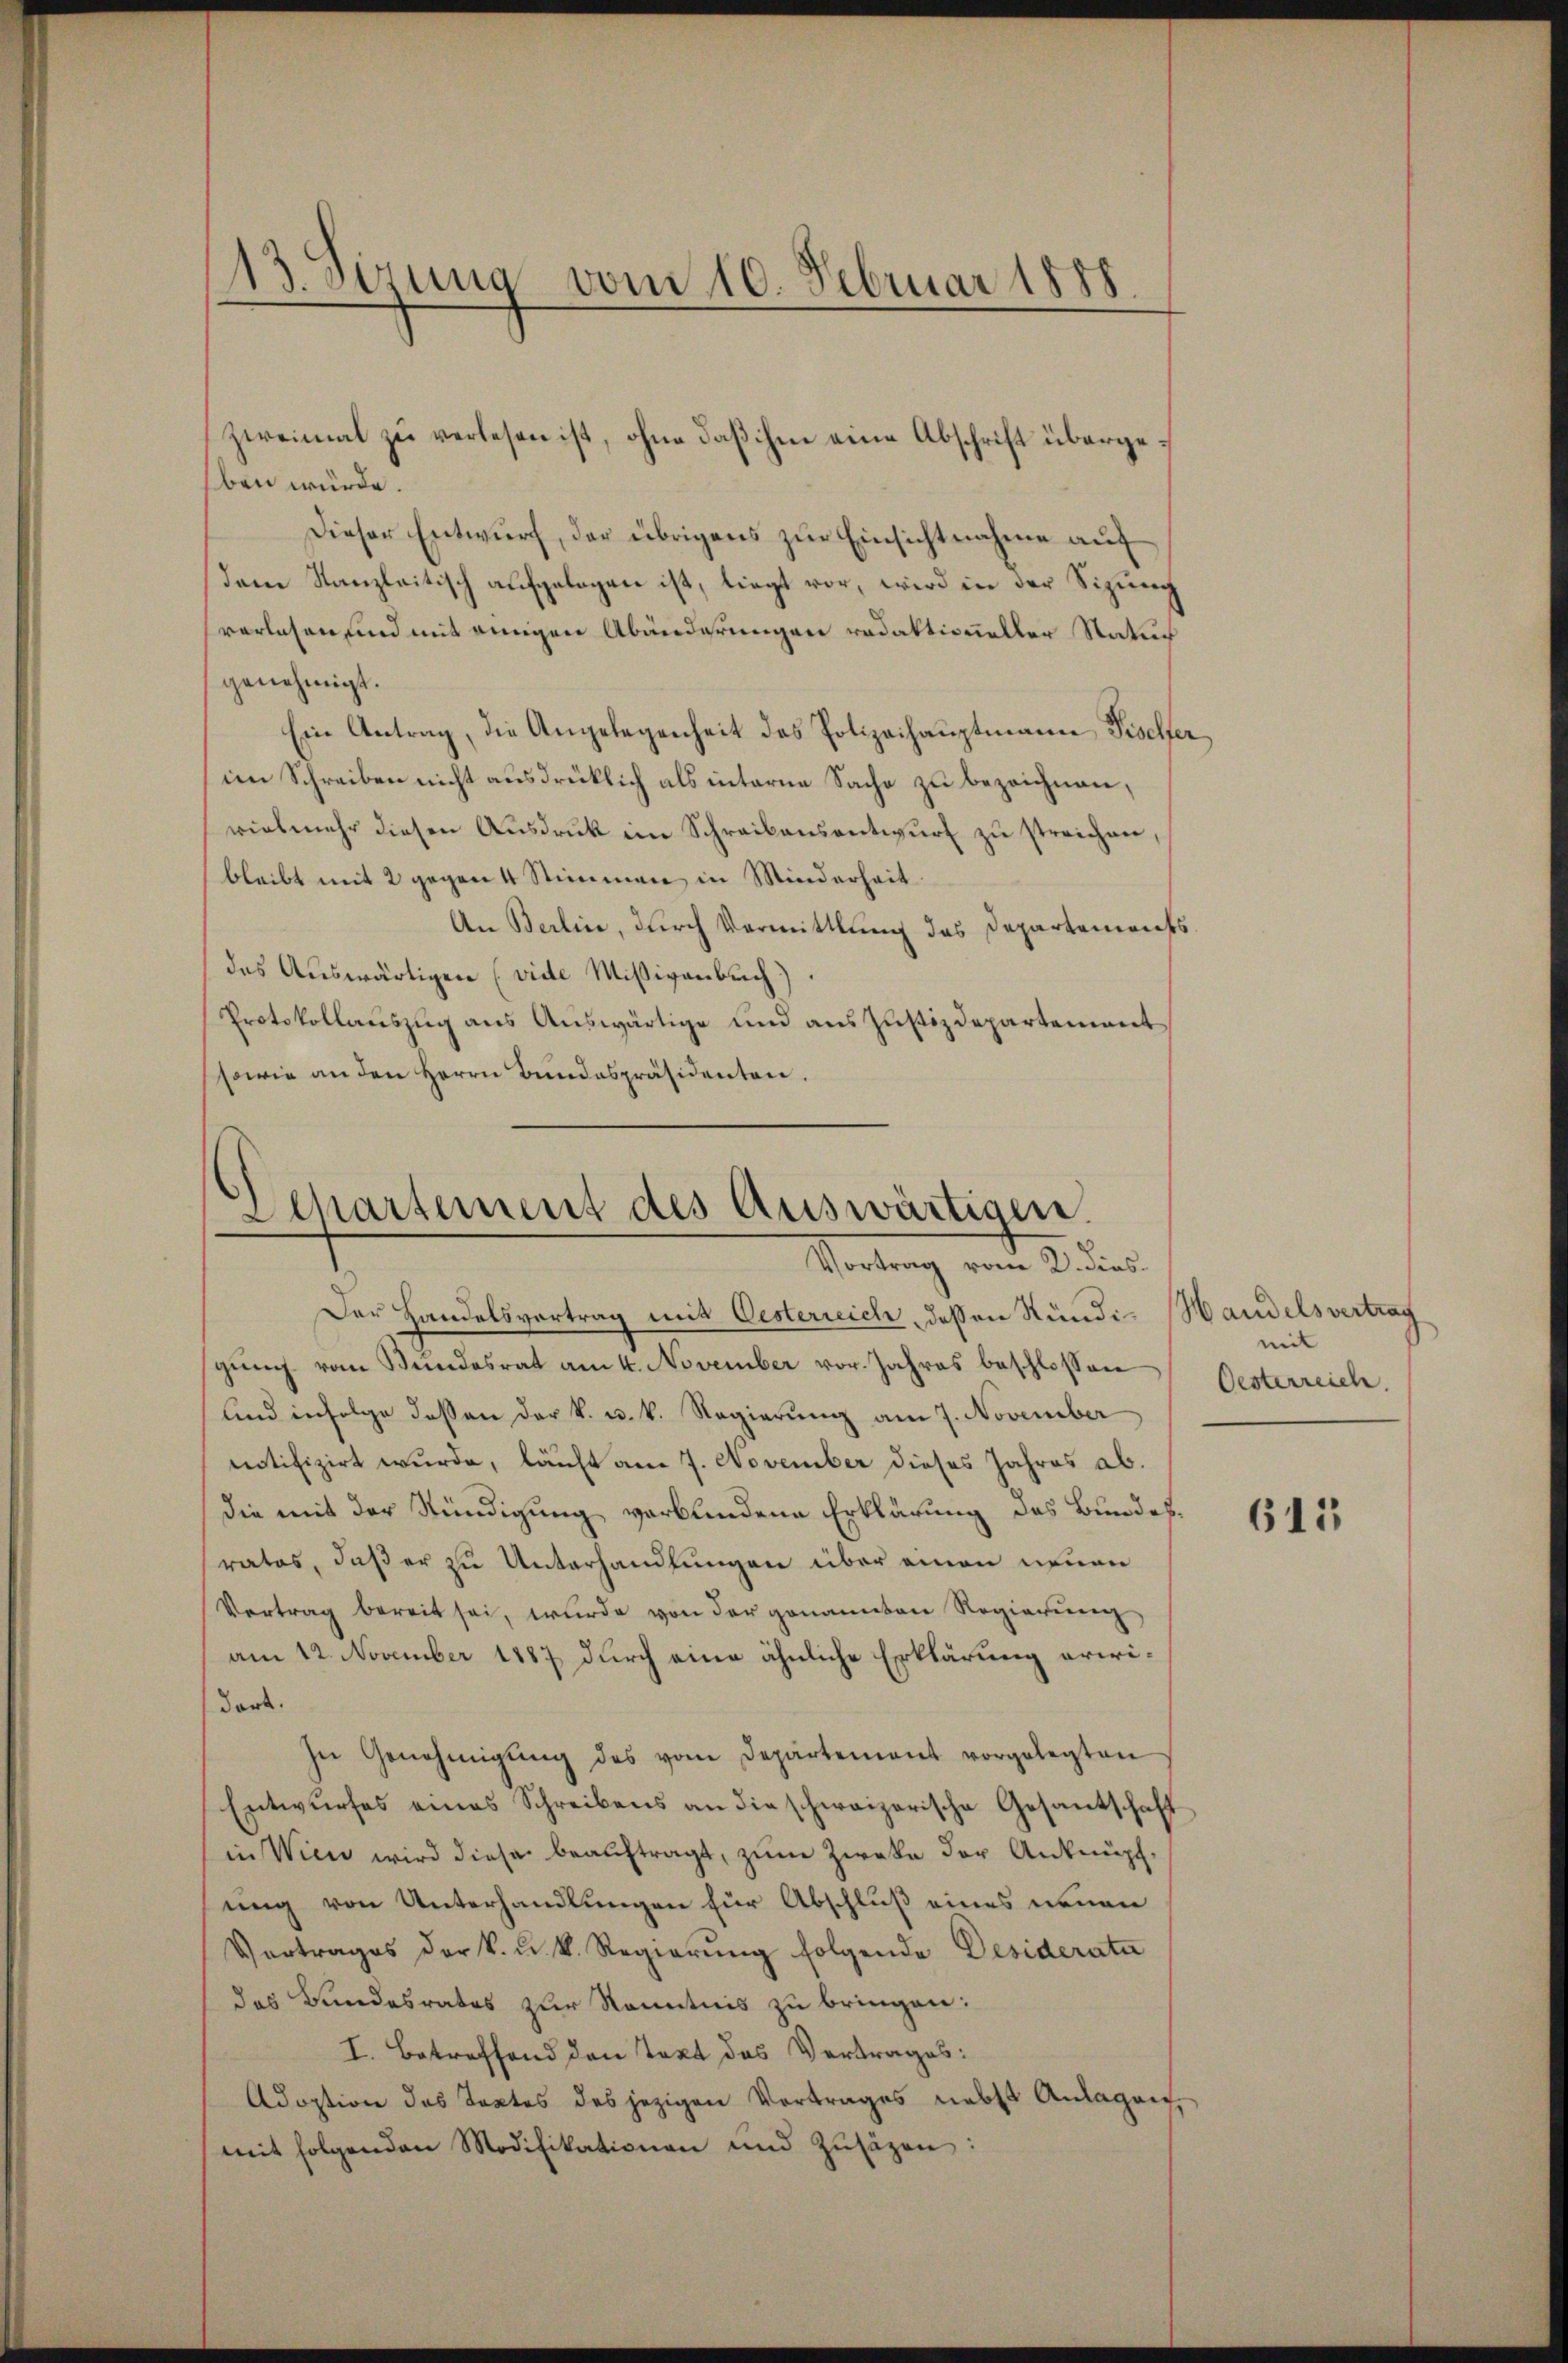
13. Serung vom 10. Februar 1888

ben würde.
Dieser Entwurf, der übrigens zŭr Einsichtnahme auf
dem Kanzleitisch aufgelegen ist, liegt vor, wird in der Sizung
verlesen, und mit einigen Abänderungen redaktioneller Natur
genehmigt.
Ein Antrag, die Angelegenheit des Polizeihauptmann Fischer,
im Schreiben nicht ausdrücklich als interne Sache zu bezeichnen,
vielmehr diesen Ausdruck im Schreibensentwurf zu streichen,
bleibt mit 2 gegen 4 Stimmen in Minderheit.
An Berline, durch Vormittlung das Departements
das Auswärtigen (vide Mißivenbuch)
Protokollauszug aus Auswärtige und aus Justizdepartement
sowie an den Herrn Bundespräsidenten.

Zweimal zu verlesen ist, ohne daß ihm eine Abschrift überge¬

Separtement des Auswärtigen.
Vortrag vom 2. dies

Der Handelsvortrag mit Oesterreich, dessen Rundi-Handelsvertrag
gŭng vom Bŭndesrat am 4. November vor. Jahres beschlossen Oesterreich.
und infolge dessen der k. u. k. Regierung am 7. November
notifizirt wurde, läuft am 7. November dieses Jahres ab.
die mit der Stündigung verbundene Erklärung des Bundesratos, daß er zu Unterhandlungen über einen neuen
Vertrag bereit sei, wurde von der genannten Regierung,
am 12. November 1887 durch eine ähnliche Erklärung erwidort.
In Genehmigŭng des vom Departement vorgelegten
Entwurfes eines Schreibens an die schweizerische Gesantschaft
in Wien wird diese beauftragt, zum Zwecke der Anknüpf
ung von Unterhandlungen für Abschluß eines neuen
Vertrages der k. u. k. Regierŭng folgende Desideratu
das Bundesrates zur Kenntnis zu bringen:
I. Betreffend den Takt des Vortrages:
Adoption des Tortes des jezigen Vortrages nebst Anlagen
mit folgenden Modifikationen und Zusätzen:

mit

615